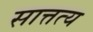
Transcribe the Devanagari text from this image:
सात्तत्य